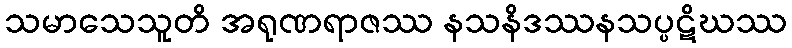
သမာသေသူတိ အရုဏရာဇဿ နသနိဒဿနသပ္ပဋိဃဿ